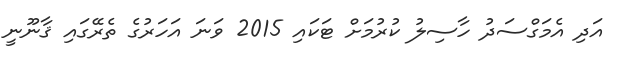
އަދި އެމަގްސަދު ހާސިލު ކުރުމަށް ޓަކައި 2015 ވަނަ އަހަރުގެ ތެރޭގައި ޤާނޫނީ